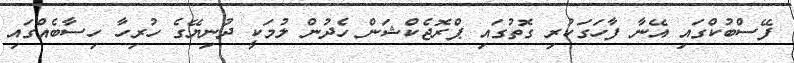
ފޭސްބުކްގައި އޭނާ ފާހަގަކުރި ގޮތުގައި ޕްރޮޖެކްޝަން ހެދުން ލުމަކީ ދުނިޔޭގެ ހުރިހާ ހިސާބެއްގައި